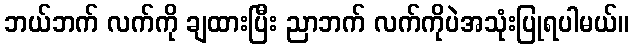
ဘယ်ဘက် လက်ကို ချထားပြီး ညာဘက် လက်ကိုပဲအသုံးပြုရပါမယ်။